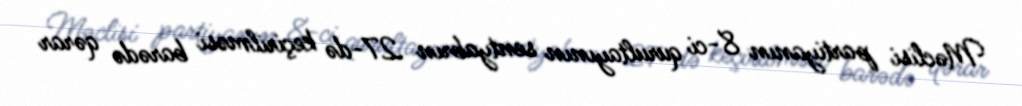
Məclisi partiyanın 8-ci qurultayının sentyabrın 27-də keçirilməsi barədə qərar